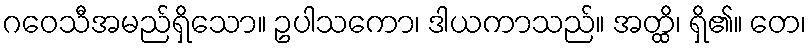
ဂဝေသီအမည်ရှိသော။ ဥပါသကော၊ ဒါယကာသည်။ အတ္ထိ၊ ရှိ၏။ တေ၊